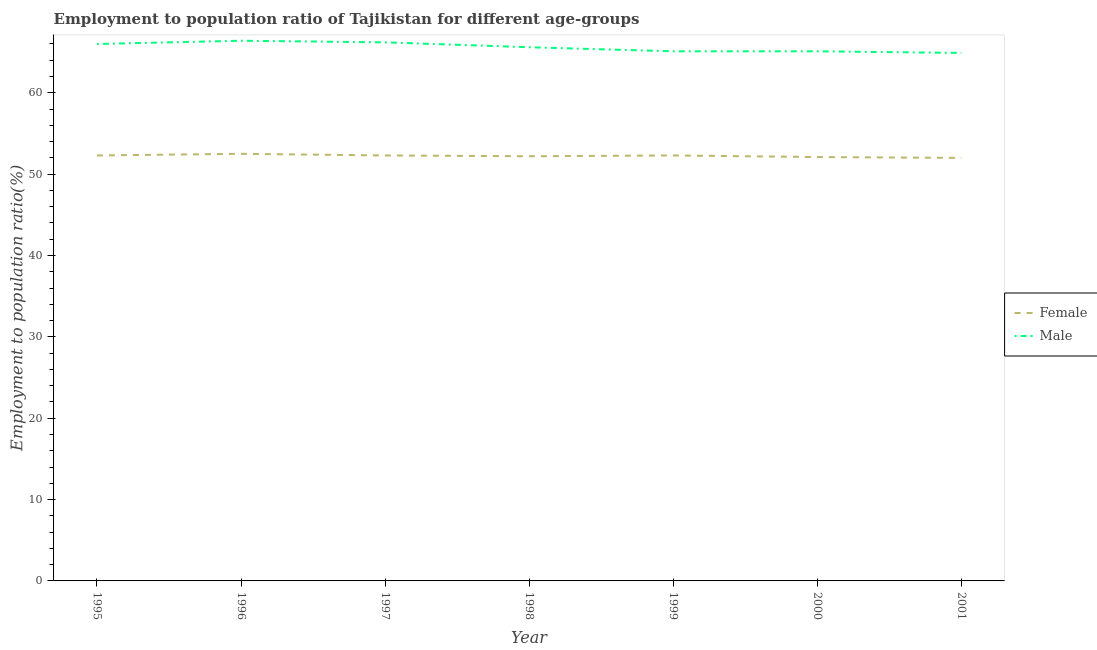
| Year | Female | Male |
 | --- | --- | --- |
 | 1995 | 52.3 | 66 |
 | 1996 | 52.5 | 66.4 |
 | 1997 | 52.3 | 66.2 |
 | 1998 | 52.2 | 65.6 |
 | 1999 | 52.3 | 65.1 |
 | 2000 | 52.1 | 65.1 |
 | 2001 | 52 | 64.9 |